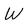
Character: W